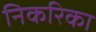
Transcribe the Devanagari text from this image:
निकरिका